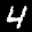
Label: 4